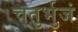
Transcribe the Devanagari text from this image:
चतुर्भुजं